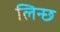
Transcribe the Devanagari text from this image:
लिन्छ